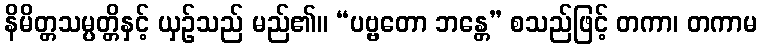
နိမိတ္တသမ္ပတ္တိနှင့် ယှဉ်သည် မည်၏။ “ပဗ္ဗတော ဘန္တေ” စသည်ဖြင့် တကာ၊ တကာမ